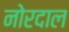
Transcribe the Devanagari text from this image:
नोरदाल